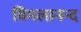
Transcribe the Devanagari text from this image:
विमलानन्द